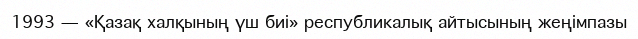
1993 — «Қазақ халқының үш биі» республикалық айтысының жеңімпазы